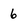
Character: 6